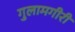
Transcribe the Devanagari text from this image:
गुलामगीरी